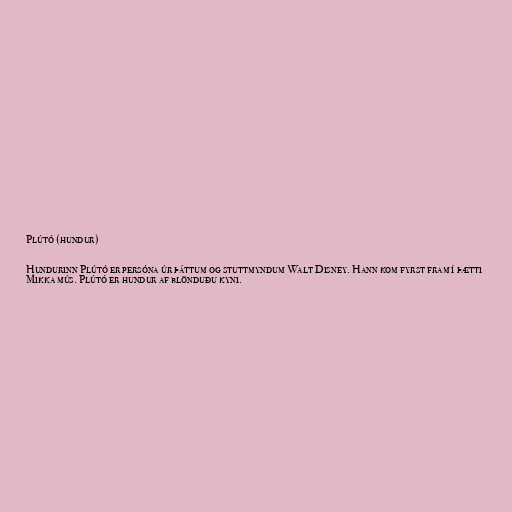
Plútó (hundur)

Hundurinn Plútó er persóna úr þáttum og stuttmyndum Walt Disney. Hann kom fyrst fram í þætti
Mikka mús. Plútó er hundur af blönduðu kyni.